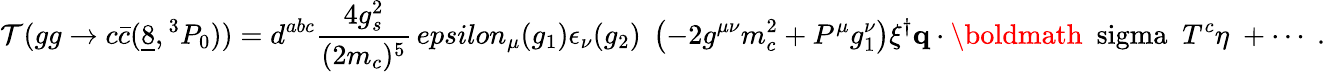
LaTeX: {\cal T}(gg\to c\bar{c}(\underline{{{8}}},{}^{3}P_{0}))=d^{abc}{\frac{4g_{s}^{2}}{(2m_{c})^{5}}}\, epsilon_{\mu}(g_{1})\epsilon_{\nu}(g_{2})\; \left(-2g^{\mu\nu}m_{c}^{2}+P^{\mu}g_{1}^{\nu}\right)\xi^{\dagger}{\mathbf q}\cdot\mathrm{\boldmath~\ sigma~}\; T^{c}\eta\; +\cdots\; .